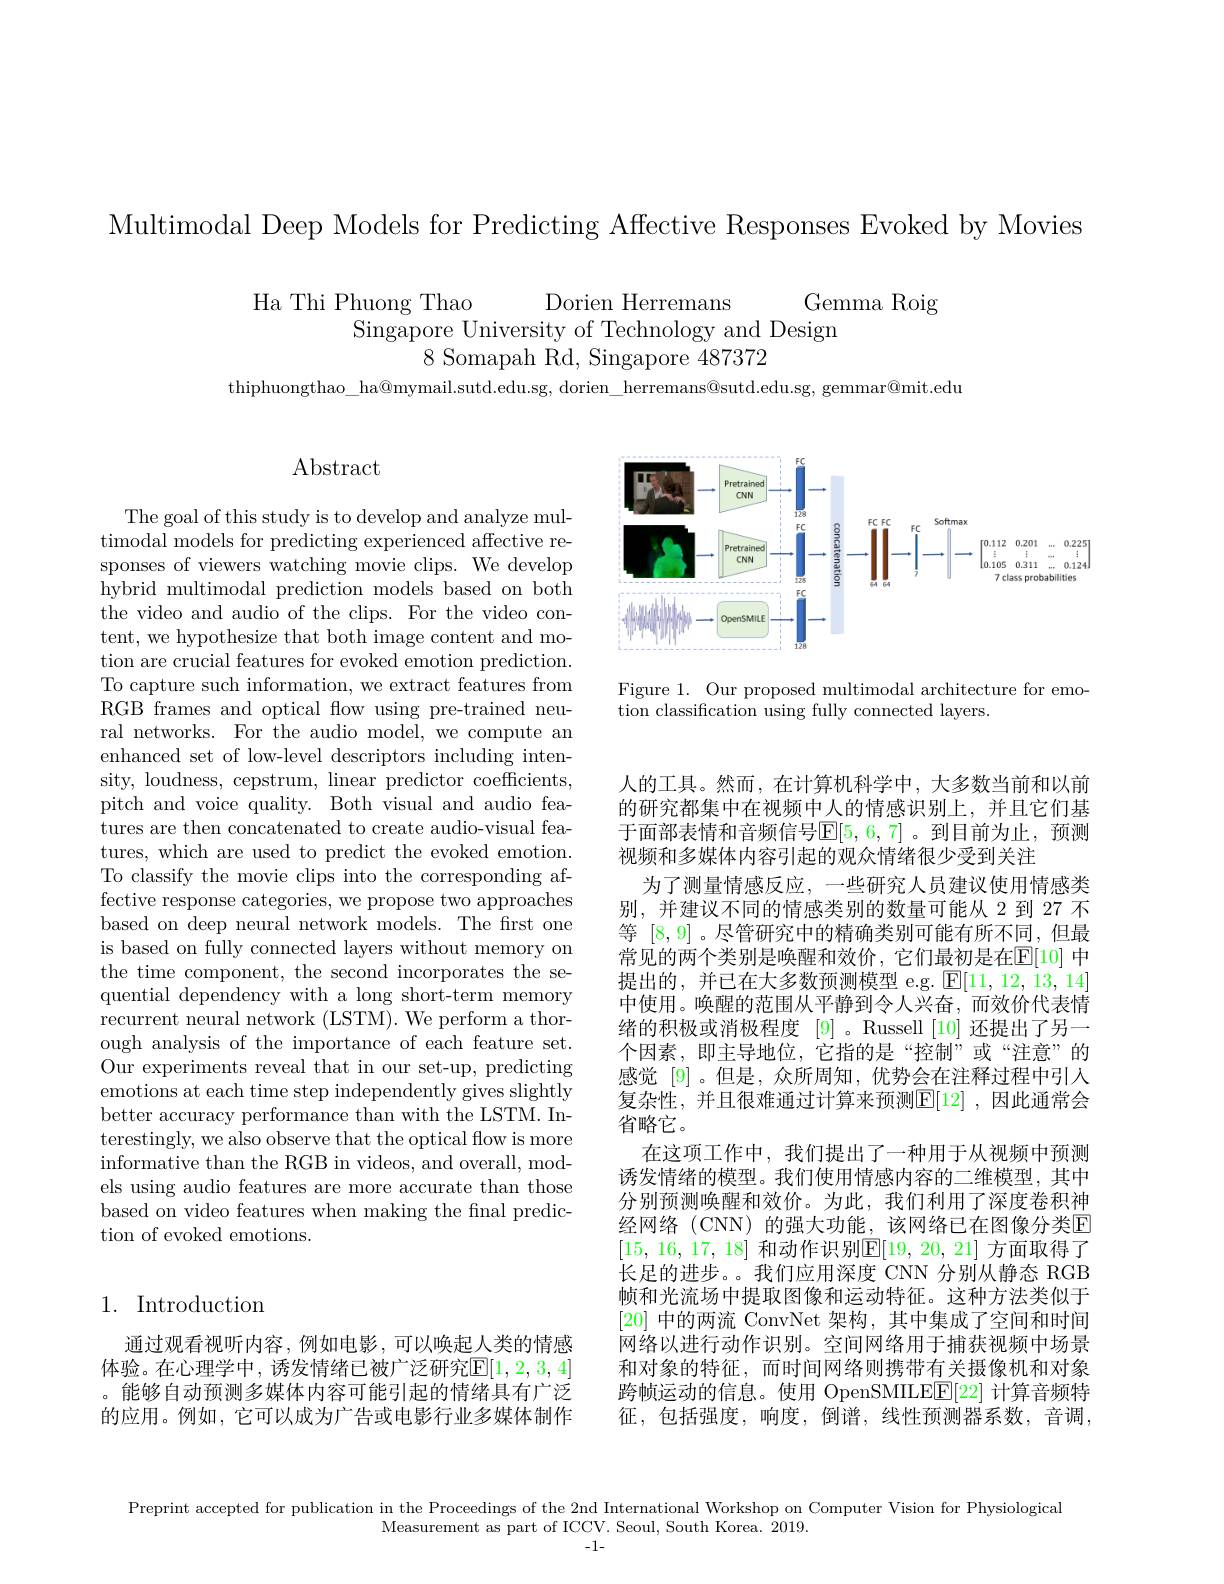
Multimodal Deep Models for Predicting Affective Responses Evoked by Movies

Ha Thi Phuong Thao
Dorien Herremans
Gemma Roig
Singapore University of Technology and Design
8 Somapah Rd, Singapore 487372

thiphuongthao\_ha@mymail.sutd.edu.sg, dorien\_herremans@sutd.edu.sg, gemmar@mit.edu

Abstract

The goal of this study is to develop and analyze multimodal models for predicting experienced affective responses of viewers watching movie clips. We develop hybrid multimodal prediction models based on both the video and audio of the clips. For the video content, we hypothesize that both image content and motion are crucial features for evoked emotion prediction. To capture such information, we extract features from RGB frames and optical flow using pre-trained neural networks. For the audio model, we compute an enhanced set of low-level descriptors including intensity, loudness, cepstrum, linear predictor coefficients, pitch and voice quality. Both visual and audio features are then concatenated to create audio-visual features, which are used to predict the evoked emotion. To classify the movie clips into the corresponding affective response categories, we propose two approaches based on deep neural network models. The first one is based on fully connected layers without memory on the time component, the second incorporates the sequential dependency with a long short-term memory recurrent neural network (LSTM). We perform a thorough analysis of the importance of each feature set. Our experiments reveal that in our set-up, predicting emotions at each time step independently gives slightly better accuracy performance than with the LSTM. Interestingly, we also observe that the optical flow is more informative than the RGB in videos, and overall, models using audio features are more accurate than those based on video features when making the final prediction of evoked emotions.

## 1. Introduction

通过观看视听内容，例如电影，可以唤起人类的情感体验。在心理学中，诱发情绪已被广泛研究$\mathbb{E}[1,2,3,4]$ 。能够自动预测多媒体内容可能引起的情绪具有广泛的应用。例如，它可以成为广告或电影行业多媒体制作

<FigureHere>

Figure 1. Our proposed multimodal architecture for emo-
tion classification using fully connected layers.

人的工具。然而，在计算机科学中，大多数当前和以前的研究都集中在视频中人的情感识别上，并且它们基于面部表情和音频信号$\mathbb{E}[5,6,7]$。到目前为止，预测视频和多媒体内容引起的观众情绪很少受到关注
为了测量情感反应，一些研究人员建议使用情感类别，并建议不同的情感类别的数量可能从 2 到 27 不等[8,9] 。尽管研究中的精确类别可能有所不同，但最常见的两个类别是唤醒和效价，它们最初是在$\mathbb{E}[10]$ 中提出的，并已在大多数预测模型 e.g. $\boxed{\mathbb{E}}[11,12,13,14]$ 中使用。唤醒的范围从平静到令人兴奋，而效价代表情绪的积极或消极程度[9] 。Russell [10]还提出了另一个因素，即主导地位，它指的是“控制”或“注意”的感觉 [9]。但是，众所周知，优势会在注释过程中引入复杂性，并且很难通过计算来预测$\mathbb{E}[12]$ ,因此通常会省略它。
在这项工作中，我们提出了一种用于从视频中预测诱发情绪的模型。我们使用情感内容的二维模型，其中分别预测唤醒和效价。为此，我们利用了深度卷积神经网络(CNN)的强大功能，该网络已在图像分类$\mathbb{E}$ [15, 16, 17, 18] 和动作识别$\mathbb{E} [ 19$, 20, 21] 方面取得了长足的进步。。我们应用深度 CNN 分别从静态 RGB 帧和光流场中提取图像和运动特征。这种方法类似于[20]中的两流 ConvNet 架构，其中集成了空间和时间网络以进行动作识别。空间网络用于捕获视频中场景和对象的特征，而时间网络则携带有关摄像机和对象跨帧运动的信息。使用 OpenSMILE$\underline{\mathrm{E}}[22]$计算音频特征，包括强度，响度，倒谱，线性预测器系数，音调，

Preprint accepted for publication in the Proceedings of the 2nd International Workshop on Computer Vision for Physiological

Measurement as part of ICCV. Seoul, South Korea. 2019.

-1-